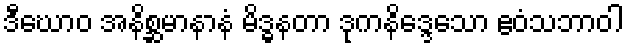
ဒီဃောဝ အနိစ္ဆမာနာနံ မိဒ္ဓနတာ ဒုကနိဒ္ဒေသော ဧဝံသဘာဝါ